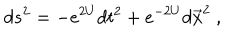
d s ^ { 2 } = - e ^ { 2 U } d t ^ { 2 } + e ^ { - 2 U } d \vec { x } ^ { 2 } \ ,